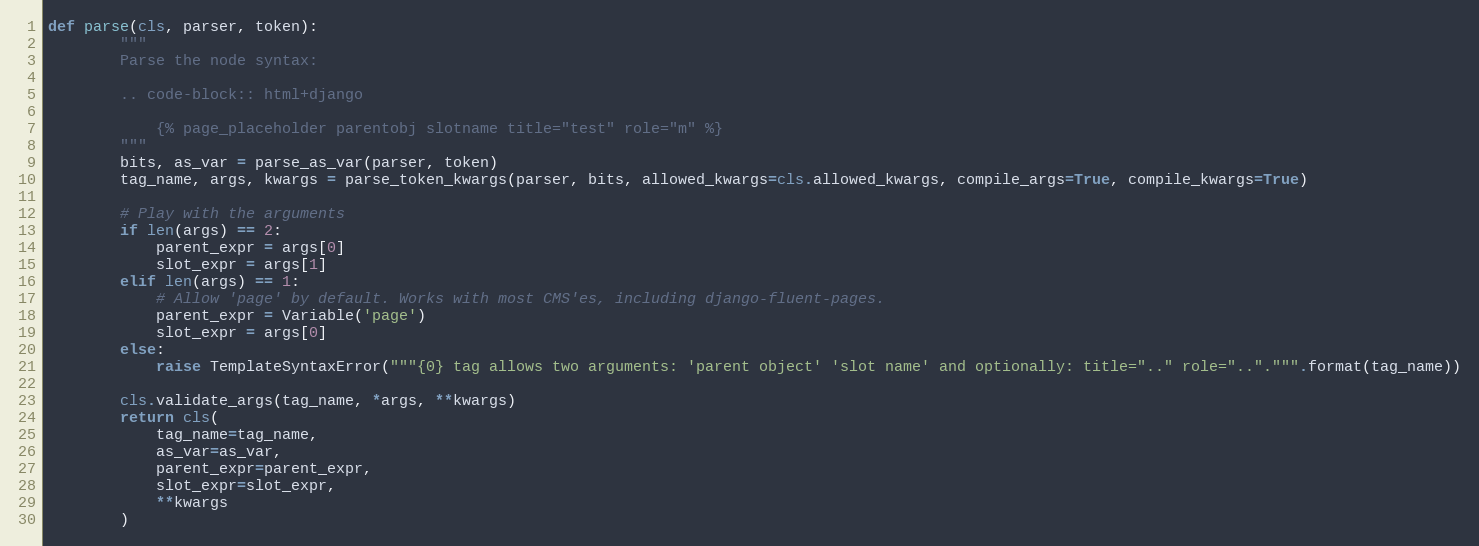
Language: Python
def parse(cls, parser, token):
        """
        Parse the node syntax:

        .. code-block:: html+django

            {% page_placeholder parentobj slotname title="test" role="m" %}
        """
        bits, as_var = parse_as_var(parser, token)
        tag_name, args, kwargs = parse_token_kwargs(parser, bits, allowed_kwargs=cls.allowed_kwargs, compile_args=True, compile_kwargs=True)

        # Play with the arguments
        if len(args) == 2:
            parent_expr = args[0]
            slot_expr = args[1]
        elif len(args) == 1:
            # Allow 'page' by default. Works with most CMS'es, including django-fluent-pages.
            parent_expr = Variable('page')
            slot_expr = args[0]
        else:
            raise TemplateSyntaxError("""{0} tag allows two arguments: 'parent object' 'slot name' and optionally: title=".." role="..".""".format(tag_name))

        cls.validate_args(tag_name, *args, **kwargs)
        return cls(
            tag_name=tag_name,
            as_var=as_var,
            parent_expr=parent_expr,
            slot_expr=slot_expr,
            **kwargs
        )